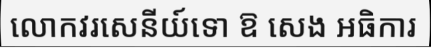
លោកវរសេនីយ៍ទោ ឱ សេង អធិការ